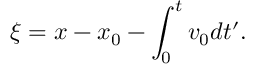
\xi = x - x _ { 0 } - \int _ { 0 } ^ { t } v _ { 0 } d t ^ { \prime } .